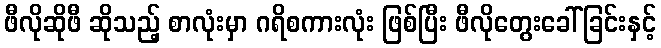
ဖီလိုဆိုဖီ ဆိုသည့် စာလုံးမှာ ဂရိစကားလုံး ဖြစ်ပြီး ဖီလိုတွေးခေါ်ခြင်းနှင့်